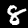
Digit: 8